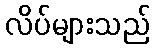
လိပ်များသည်